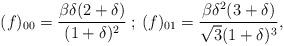
LaTeX: \begin{align*}(f)_{00} = \frac{\beta \delta (2 + \delta )}{(1 + \delta )^{2}} \: ; \:(f)_{01} = \frac{\beta \delta^{2} (3 + \delta )}{\sqrt{3} (1 + \delta )^{3}},\end{align*}